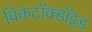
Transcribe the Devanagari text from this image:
विकटॉक्डॉइड